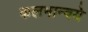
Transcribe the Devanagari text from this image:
कलमान्वये